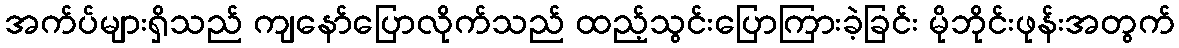
အက်ပ်များရှိသည် ကျနော်ပြောလိုက်သည် ထည့်သွင်းပြောကြားခဲ့ခြင်း မိုဘိုင်းဖုန်းအတွက်